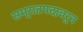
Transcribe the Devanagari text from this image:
सम्राटपदावरुन